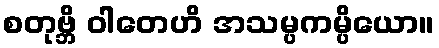
စတုဗ္ဘိ ဝါတေဟိ အသမ္ပကမ္ပိယော။